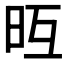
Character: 𣅥